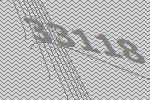
33118